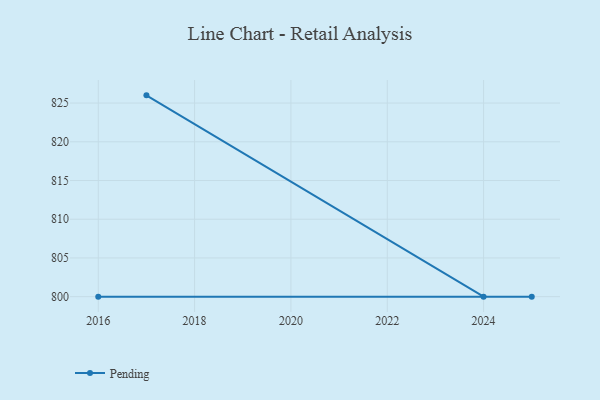
{"axis": {"x": "Year", "y": "Tickets Resolved"}, "legend": ["Pending"], "data": [{"x": "2017", "y": 826.0, "type": "Pending"}, {"x": "2024", "y": 800, "type": "Pending"}, {"x": "2016", "y": 800, "type": "Pending"}, {"x": "2025", "y": 800, "type": "Pending"}]}